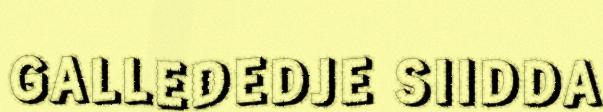
GALLEDEDJE SIIDDA